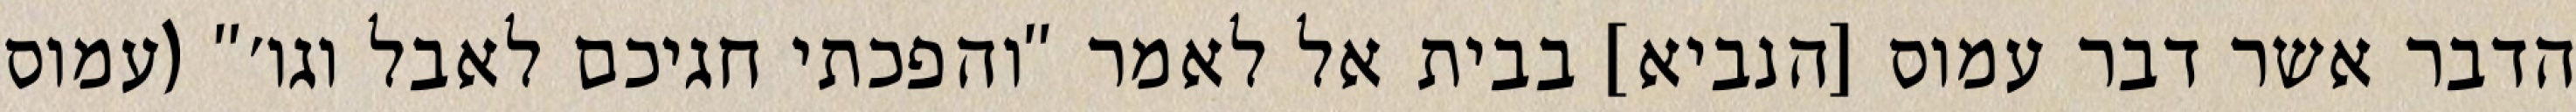
הדבר אשר דבר עמוס [הנביא] בבית אל לאמר "והפכתי חגיכם לאבל וגו׳" (עמוס